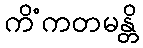
ကိံကတမန္တိ